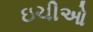
ઇચીઓ